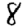
Digit: 8